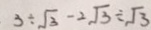
3 \div \sqrt { 3 } - 2 \sqrt { 3 } \div \sqrt { 3 }